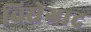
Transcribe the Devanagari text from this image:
विसेग्राद